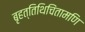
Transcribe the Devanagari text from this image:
बृहत्तिथिचिंतामणि